Annual report on the working of the mental hospitals in the Madras Presidency - 1912-1932
Year: 1912
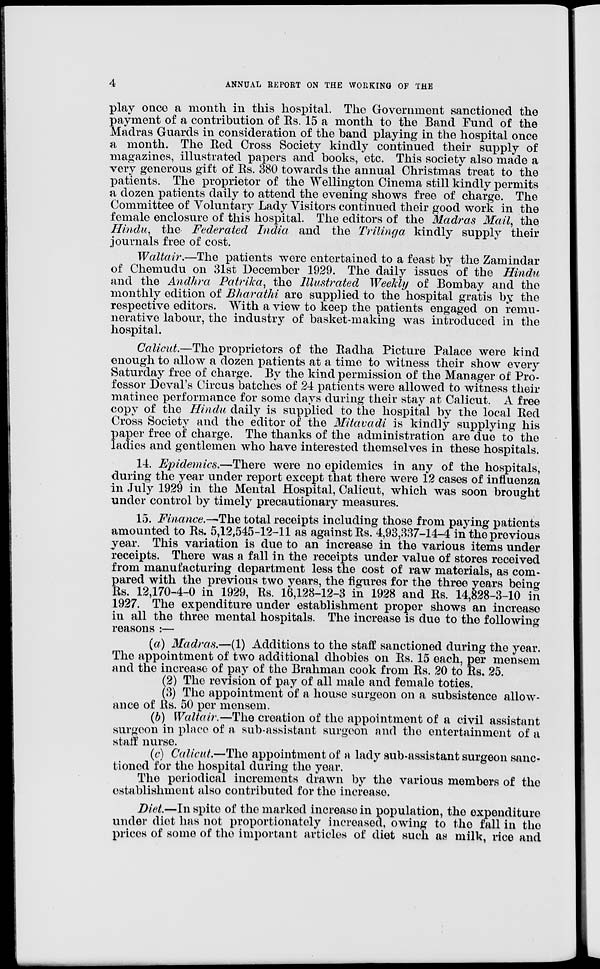
4
ANNUAL REPORT ON THE WORKING OF THE
play once a month in this hospital. The Government sanctioned the
payment of a contribution of Rs. 15 a month to the Band Fund of the
Madras Guards in consideration of the band playing in the hospital once
a month. The Red Cross Society kindly continued their supply of
magazines, illustrated papers and books, etc. This society also made a
very generous gift of Rs. 380 towards the annual Christmas treat to the
patients. The proprietor of the Wellington Cinema still kindly permits
a dozen patients daily to attend the evening shows free of charge. The
Committee of Voluntary Lady Visitors continued their good work in the
female enclosure of this hospital. The editors of the Madras Mail, the
Hindu, the Federated India and the Trilinga kindly supply their
journals free of cost.
Waltair.—The patients were entertained to a feast by the Zamindar
of Chemudu on 31st December 1929. The daily issues of the Hindu
and the Andhra Patrika, the Illustrated Weekly of Bombay and the
monthly edition of Bharathi are supplied to the hospital gratis by the
respective editors. With a view to keep the patients engaged on remu-
nerative labour, the industry of basket-making was introduced in the
hospital.
Calicut.—The proprietors of the Radha Picture Palace were kind
enough to allow a dozen patients at a time to witness their show every
Saturday free of charge. By the kind permission of the Manager of Pro-
fessor Deval's Circus batches of 24 patients were allowed to witness their
matinee performance for some days during their stay at Calicut. A free
copy of the Hindu daily is supplied to the hospital by the local Red
Cross Society and the editor of the Mitavadi is kindly supplying his
paper free of charge. The thanks of the administration are due to the
ladies and gentlemen who have interested themselves in these hospitals.
14. Epidemics.—There were no epidemics in any of the hospitals,
during the year under report except that there were 12 cases of influenza
in July 1929 in the Mental Hospital, Calicut, which was soon brought
under control by timely precautionary measures.
15. Finance.—The total receipts including those from paying patients
amounted to Rs. 5,12,545-12-11 as against Rs. 4,93,337-14-4 in the previous
year. This variation is due to an increase in the various items under
receipts. There was a fall in the receipts under value of stores received
from manufacturing department less the cost of raw materials, as com-
pared with the previous two years, the figures for the three years being
Rs. 12,170-4-0 in 1929, Rs. 16,128-12-3 in 1928 and Rs. 14,828-3-10 in
1927. The expenditure under establishment proper shows an increase
in all the three mental hospitals. The increase is due to the following
reasons :—
(a) Madras.—(1) Additions to the staff sanctioned during the year.
The appointment of two additional dhobies on Rs. 15 each, per mensem
and the increase of pay of the Brahman cook from Rs. 20 to Rs. 25.
(2) The revision of pay of all male and female toties.
(3) The appointment of a house surgeon on a subsistence allow-
ance of Rs. 50 per mensem.
(b) Waltair.—The creation of the appointment of a civil assistant
surgeon in place of a sub-assistant surgeon and the entertainment of a
staff nurse.
(c) Calicut.—The appointment of a lady sub-assistant surgeon sanc-
tioned for the hospital during the year.
The periodical increments drawn by the various members of the
establishment also contributed for the increase.
Diet.—In spite of the marked increase in population, the expenditure
under diet has not proportionately increased, owing to the fall in the
prices of some of the important articles of diet such as milk, rice and